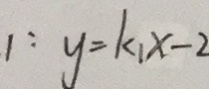
1 : y = k _ { 1 } x - 2